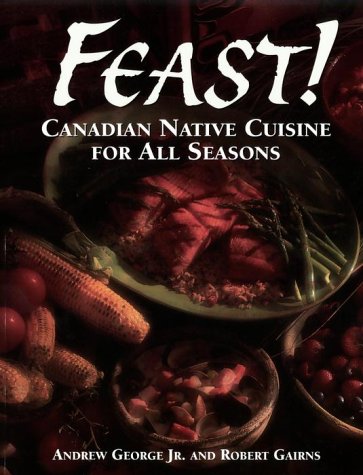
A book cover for Feast!; Andrew George; Cookbooks, Food & Wine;